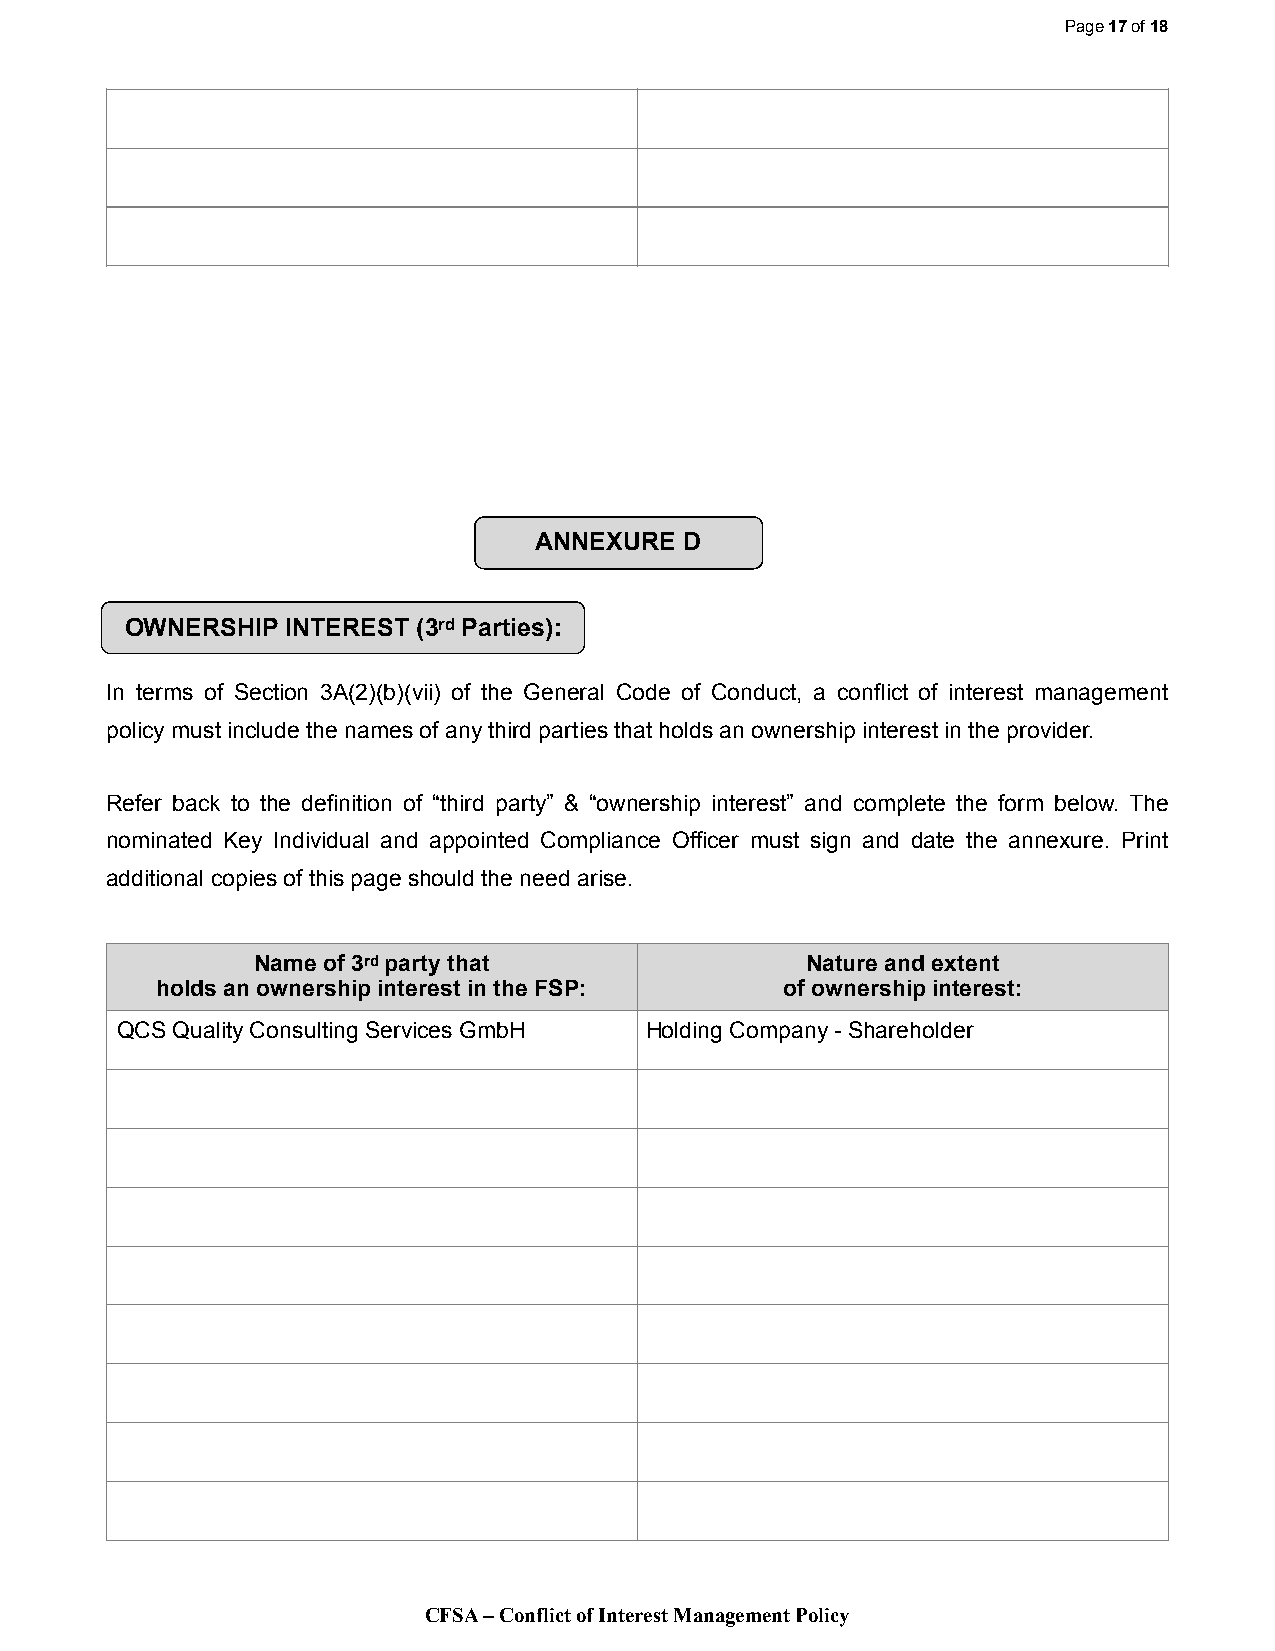
Page 17 of 18
 ANNEXURE  D
 OWNERSHIP  INTEREST (3rd Parties):
 In terms of Section 3A(2)(b)(vii) of the General Code of Conduct, a conflict of interest management
 policy must include the names of any third parties that holds an ownership interest in the provider.
 Refer back to the definition of “third party” & “ownership interest” and complete the form below. The
 nominated Key Individual and appointed Compliance Officer must sign and date the annexure. Print
 additional copies of this page should the need arise.
 Name of 3rd party that              Nature and extent
 holds an ownership interest in the FSP:   of ownership interest:
 QCS Quality Consulting Services GmbH Holding Company - Shareholder
 CFSA – Conflict of Interest Management Policy